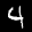
Label: 4